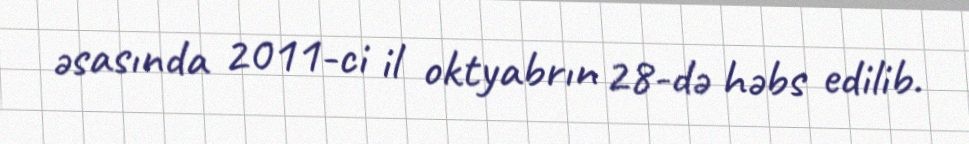
əsasında 2011-ci il oktyabrın 28-də həbs edilib.